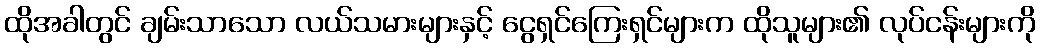
ထိုအခါတွင် ချမ်းသာသော လယ်သမားများနှင့် ငွေရှင်ကြေးရှင်များက ထိုသူများ၏ လုပ်ငန်းများကို